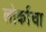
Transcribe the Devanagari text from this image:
लोर्काचा